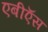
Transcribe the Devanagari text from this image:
एबीऍस